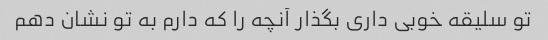
تو سلیقه خوبی داری بگذار آنچه را که دارم به تو نشان دهم